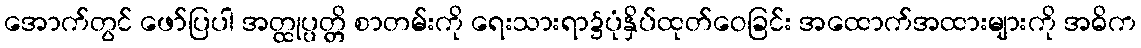
အောက်တွင် ဖော်ပြပါ အတ္ထုပ္ပတ္တိ စာတမ်းကို ရေးသားရာ၌ပုံနှိပ်ထုတ်ဝေခြင်း အထောက်အထားများကို အဓိက